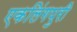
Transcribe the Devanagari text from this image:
एकलिंगपुरी